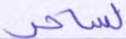
لساحر